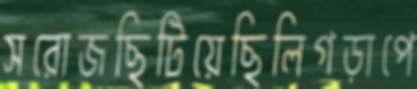
সরোজছিটিয়েছিলিগড়াপে